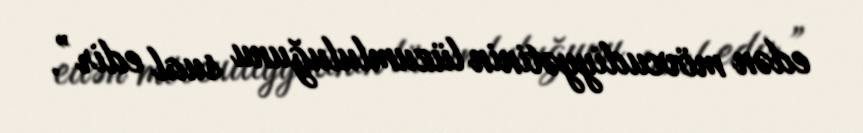
edən mövcudiyyətinin lüzumluluğunu sual edir”.